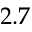
2 . 7